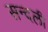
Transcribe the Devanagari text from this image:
सन्दली